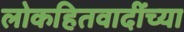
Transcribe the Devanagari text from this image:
लोकहितवादींच्या